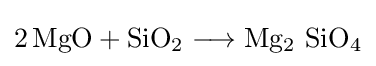
{2\,\mathrm {MgO} {}+{}\mathrm {SiO} {\vphantom {A}}_{\smash[{t}]{2}}{}\mathrel {\longrightarrow } {}\mathrm {Mg} {\vphantom {A}}_{\smash[{t}]{2}}~\mathrm {SiO} {\vphantom {A}}_{\smash[{t}]{4}}}